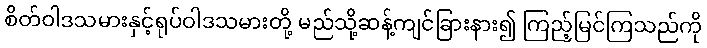
စိတ်ဝါဒသမားနှင့်ရုပ်ဝါဒသမားတို့ မည်သို့ဆန့်ကျင်ခြားနား၍ ကြည့်မြင်ကြသည်ကို